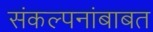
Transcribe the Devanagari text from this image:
संकल्पनांबाबत